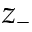
z _ { - }